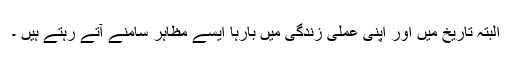
البتہ تاریخ میں اور اپنی عملی زندگی میں بارہا ایسے مظاہر سامنے آتے رہتے ہیں ۔